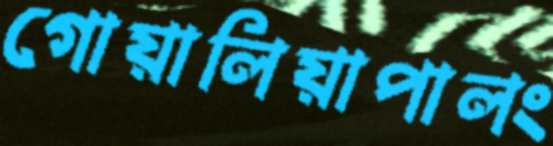
গোয়ালিয়াপালং